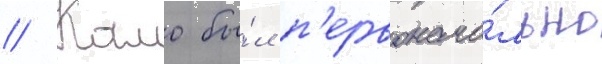
// Камо бы́л п'ервонача́льно